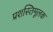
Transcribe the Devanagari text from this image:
प्रशस्तिमूलक